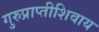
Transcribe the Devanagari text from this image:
गुरुप्राप्तीशिवाय